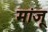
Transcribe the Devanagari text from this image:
मांजू